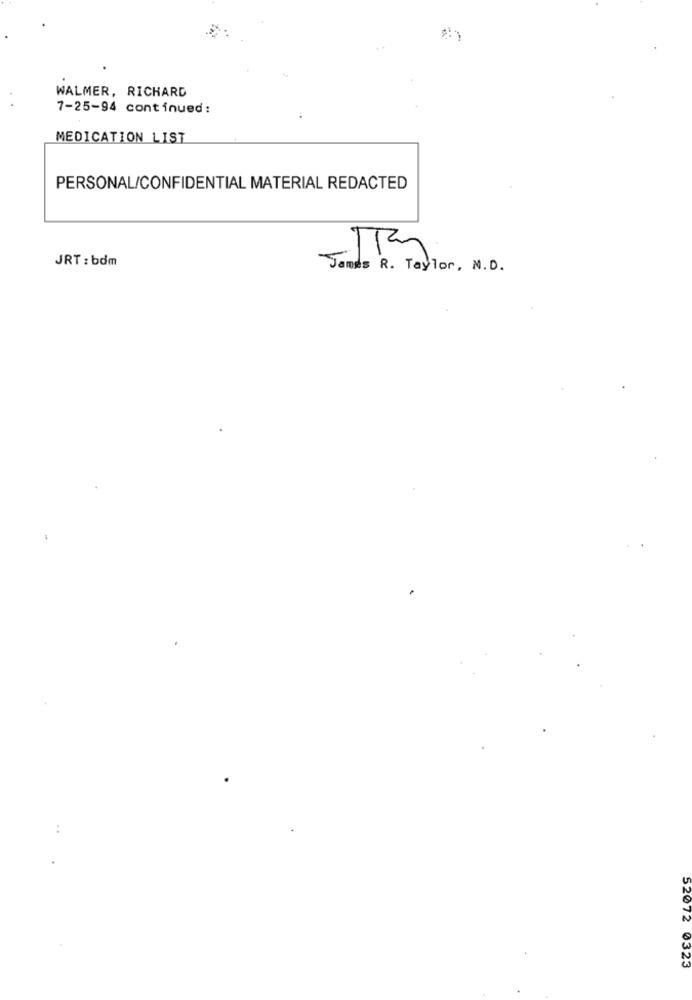
WALMER, RICHARD
7-25-94 continued:
MEDICATION LIST
PERSONAL/CONFIDENTIAL MATERIAL REDACTED
JRT: bdm
James R. Taylor, M.D.
52072 0323